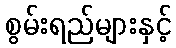
စွမ်းရည်များနှင့်